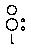
ဝိုး